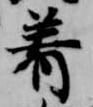
着